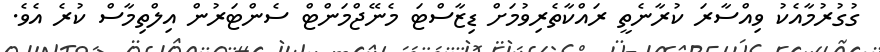
ގުގުރުމާއެކު ވިއްސާރަ ކުރާނެތީ ރައްކާތެރިވުމަށް ޑިޒާސްޓަ މެނޭޖްމަންޓް ސެންޓަރުން އިލްތިމާސް ކުރެ އެވެ.